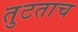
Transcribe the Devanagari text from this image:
तुटताच